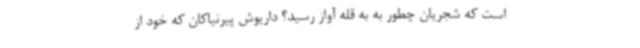
است که شجریان چطور به به قله آواز رسید؟ داریوش پیرنیاکان که خود از